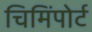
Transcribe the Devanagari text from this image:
चिमिंपोर्ट